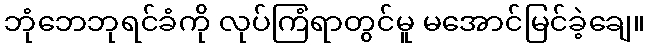
ဘုံဘေဘုရင်ခံကို လုပ်ကြံရာတွင်မူ မအောင်မြင်ခဲ့ချေ။